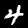
Label: 4